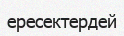
ересектердей